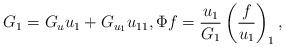
LaTeX: \begin{align*}G_1=G_uu_1+G_{u_1}u_{11}, \Phi f=\frac{u_1}{G_1}\left(\frac{f}{u_1}\right)_1,\end{align*}